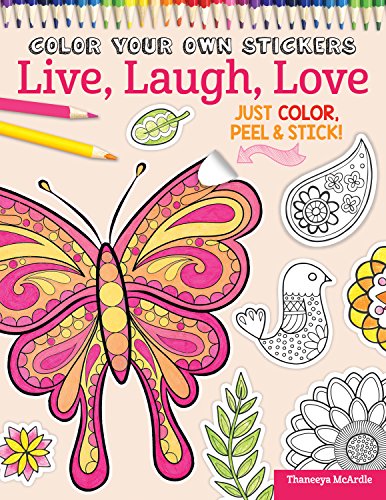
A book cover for Color Your Own Stickers Live, Laugh, Love: Just Color, Peel & Stick; Thaneeya McArdle; Arts & Photography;